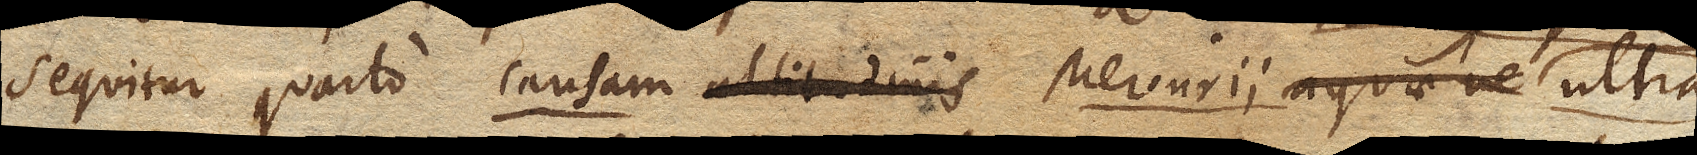
Sequitur quarto causam altitudinis Mercurii aquaeve ultra